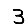
Digit: 3